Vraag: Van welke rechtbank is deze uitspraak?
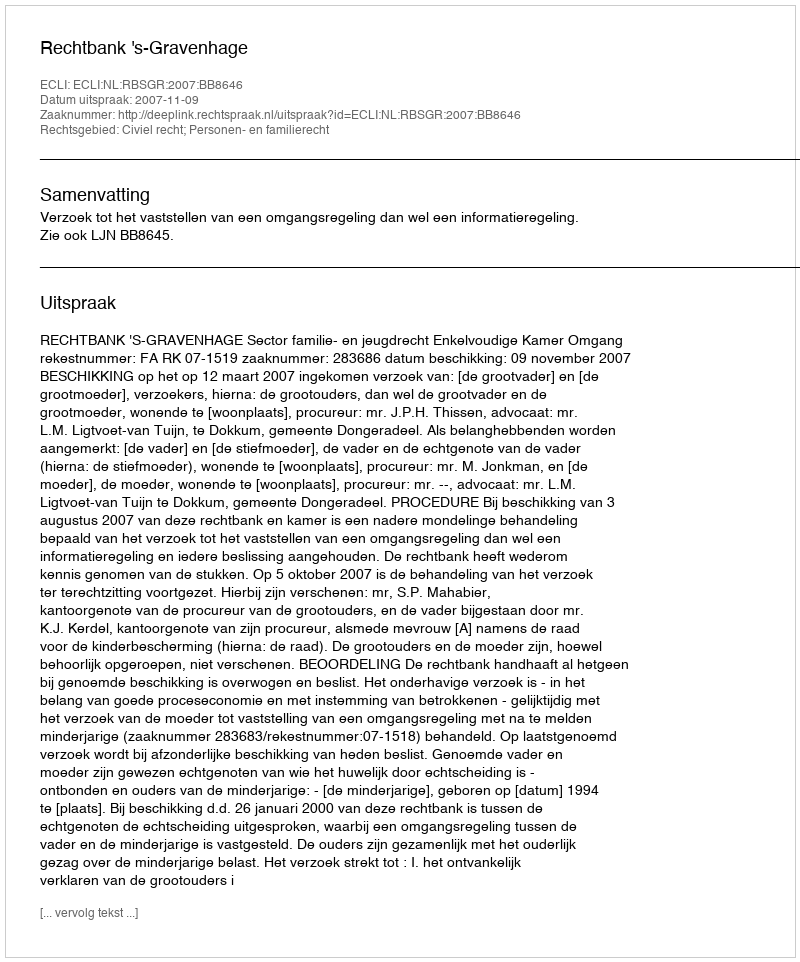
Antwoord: Rechtbank 's-Gravenhage